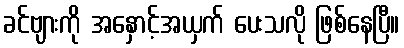
ခင်ဗျားကို အနှောင့်အယှက် ပေးသလို ဖြစ်နေပြီ။